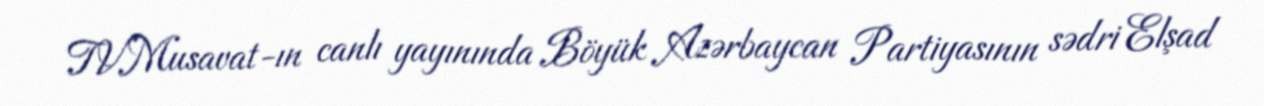
TVMusavat-ın canlı yayınında Böyük Azərbaycan Partiyasının sədri Elşad